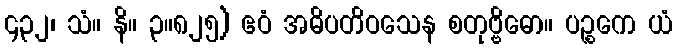
၄၃၂၊ သံ။ နိ။ ၃။၈၂၅) ဧဝံ အဓိပတိဝသေန စတုဗ္ဗိဓော။ ပဉ္စကေ ယံ